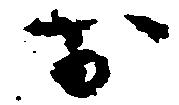
お